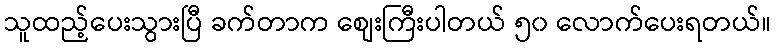
သူထည့်ပေးသွားပြီ ခက်တာက စျေးကြီးပါတယ် ၅၀ လောက်ပေးရတယ်။